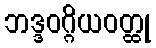
ဘဒ္ဒဝဂ္ဂိယဝတ္ထု